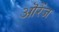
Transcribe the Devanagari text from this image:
ऒरेंज